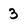
Character: 3